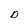
Character: D